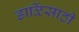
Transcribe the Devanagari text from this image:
डाळिंसाठी